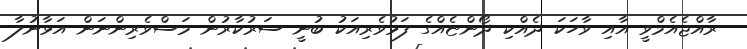
ރާއްޖެއެމްވީ އާއި ވާހަކަ ދެއްކި ދޯންޏެއްގެ ފަޅުވެރިއަކު ބުނީ ސަރުކާރުން މަސްވެރިންނަން އަޅާނުލާ